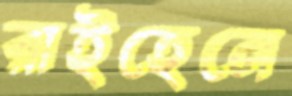
রাইহেনে